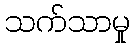
သက်သာမှု